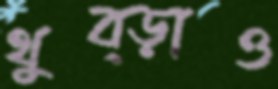
থুব্‌ড়াও